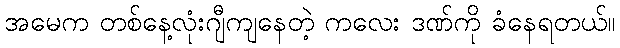
အမေက တစ်နေ့လုံးဂျီကျနေတဲ့ ကလေး ဒဏ်ကို ခံနေရတယ်။